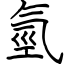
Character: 氫